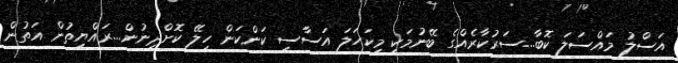
އަސްލު މައްސަލަ ކޮބާ...ސަރުކާރެއްގެ ބޭނުމަކީ މިކަހަލަ އަސާސީ ކަންކަން ހިލޭ ކޮށްދިނުން...ރައްޔިތުން އަތުން